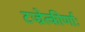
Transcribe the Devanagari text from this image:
टज्रेत्कीर्णाः